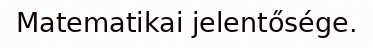
Matematikai jelentősége.